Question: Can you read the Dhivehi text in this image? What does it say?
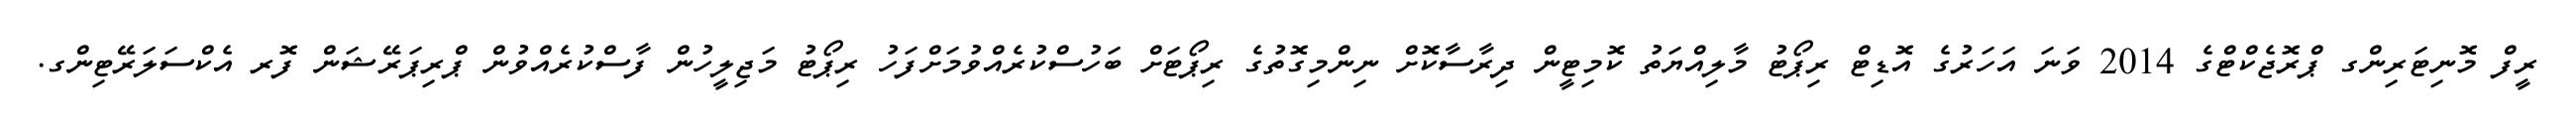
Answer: ރީފް މޮނިޓަރިންގ ޕްރޮޖެކްޓްގެ 2014 ވަނަ އަހަރުގެ އޮޑިޓް ރިޕޯޓު މާލިއްޔަތު ކޮމިޓީން ދިރާސާކޮށް ނިންމިގޮތުގެ ރިޕޯޓަށް ބަހުސްކުރެއްވުމަށްފަހު ރިޕޯޓު މަޖިލީހުން ފާސްކުރެއްވުން ޕްރިޕަރޭޝަން ފޮރ އެކްސަލަރޭޓިންގ.